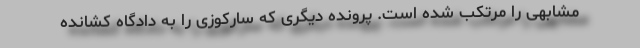
مشابهی را مرتکب شده است. پرونده دیگری که سارکوزی را به دادگاه کشانده